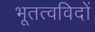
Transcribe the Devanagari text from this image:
भूतत्वविदों